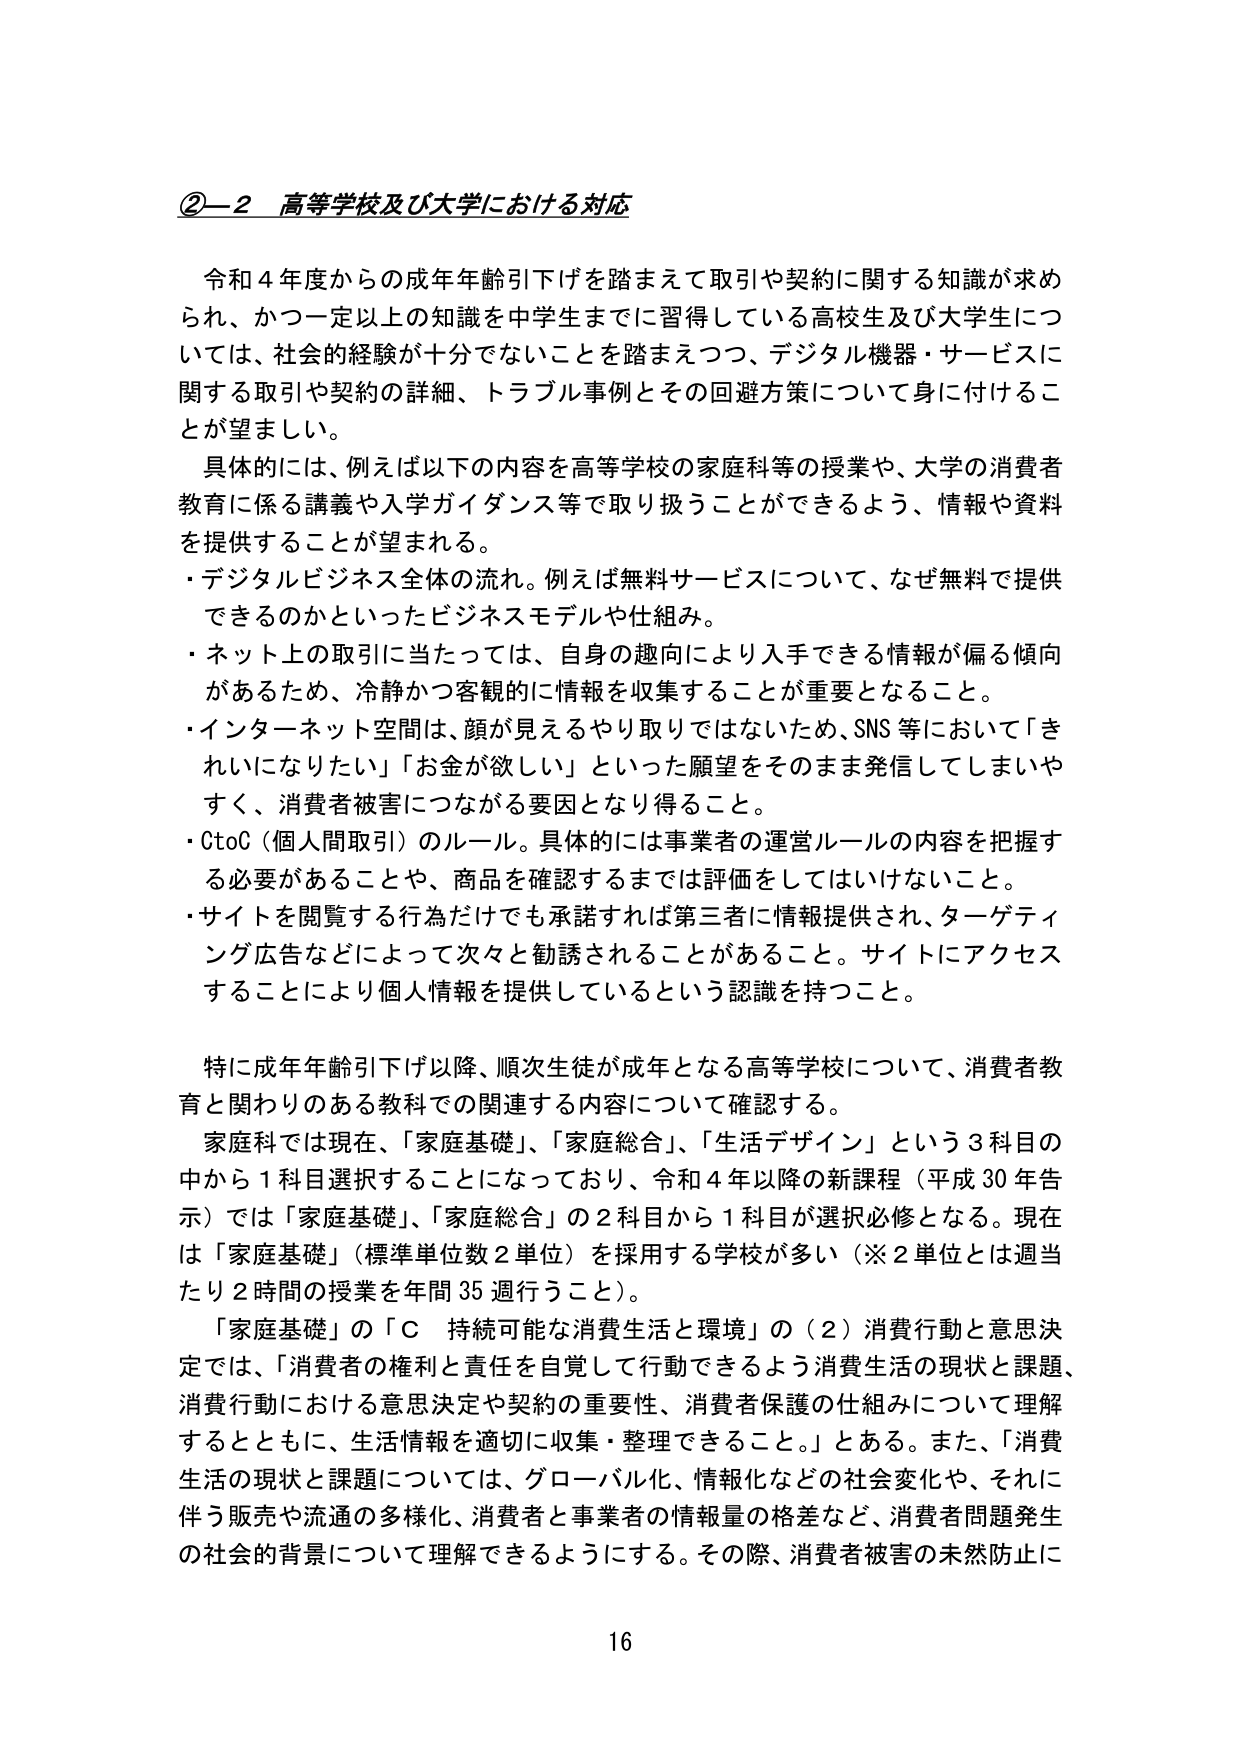
②－2 高等学校及び大学における対応

令和４年度からの成年年齢引下げを踏まえて取引や契約に関する知識が求められ、かつ一定以上の知識を中学生までに習得している高校生及び大学生については、社会的経験が十分でないことを踏まえつつ、デジタル機器・サービスに関する取引や契約の詳細、トラブル事例とその回避方策について身に付けることが望ましい。

具体的には、例えば以下の内容を高等学校の家庭科等の授業や、大学の消費者教育に係る講義や入学ガイダンス等で取り扱うことができるよう、情報や資料を提供することが望まれる。
・デジタルビジネス全体の流れ。例えば無料サービスについて、なぜ無料で提供できるのかといったビジネスモデルや仕組み。
・ネット上の取引に当たっては、自身の趣向により入手できる情報が偏る傾向があるため、冷静かつ客観的に情報を収集することが重要となること。
・インターネット空間は、顔が見えるやり取りではないため、SNS等において「きれいになりたい」「お金が欲しい」といった願望をそのまま発信してしまいやすく、消費者被害につながる要因となり得ること。
・CtoC（個人間取引）のルール。具体的には事業者の運営ルールの内容を把握する必要があることや、商品を確認するまでは評価をしてはいけないこと。
・サイトを閲覧する行為だけでも承諾すれば第三者に情報提供され、ターゲティング広告などによって次々と勧誘されることがあること。サイトにアクセスすることにより個人情報を提供しているという認識を持つこと。

特に成年年齢引下げ以降、順次生徒が成年となる高等学校について、消費者教育と関わりのある教科での関連する内容について確認する。
家庭科では現在、「家庭基礎」、「家庭総合」、「生活デザイン」という３科目の中から１科目選択することになっており、令和４年以降の新課程（平成30年告示）では「家庭基礎」、「家庭総合」の２科目から１科目が選択必修となる。現在は「家庭基礎」（標準単位数２単位）を採用する学校が多い（※２単位とは過当たり２時間の授業を年間35週行うこと）。
「家庭基礎」の「Ｃ 持続可能な消費生活と環境」の（２）消費行動と意思決定では、「消費者の権利と責任を自覚して行動できるよう消費生活の現状と課題、消費行動における意思決定や契約の重要性、消費者保護の仕組みについて理解するとともに、生活情報を適切に収集・整理できること。」とある。また、「消費生活の現状と課題については、グローバル化、情報化などの社会変化や、それに伴う販売や流通の多様化、消費者と事業者の情報量の格差など、消費者問題発生の社会的背景について理解できるようにする。その際、消費者被害の未然防止に

16